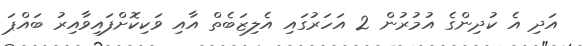
އަދި އެ ކުދިންގެ އުމުރުން 2 އަހަރުގައި އެލިޒަބެތް އާއި ވަކިކޮށްފައިވާއިރު ބައްޕަ